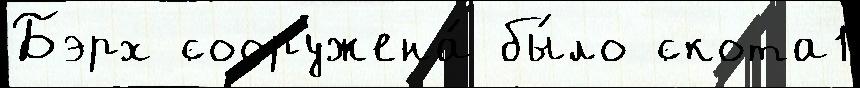
Бэрх сооружена́ бы́ло скота1